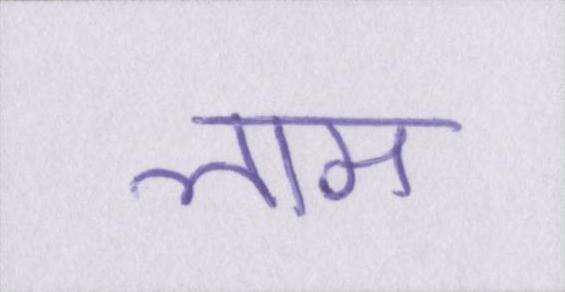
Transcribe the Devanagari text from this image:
लाम